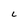
Character: C